Papaver somniferum - Opium : an extract from the sixth volume of the Dictionary of Economic Products of India
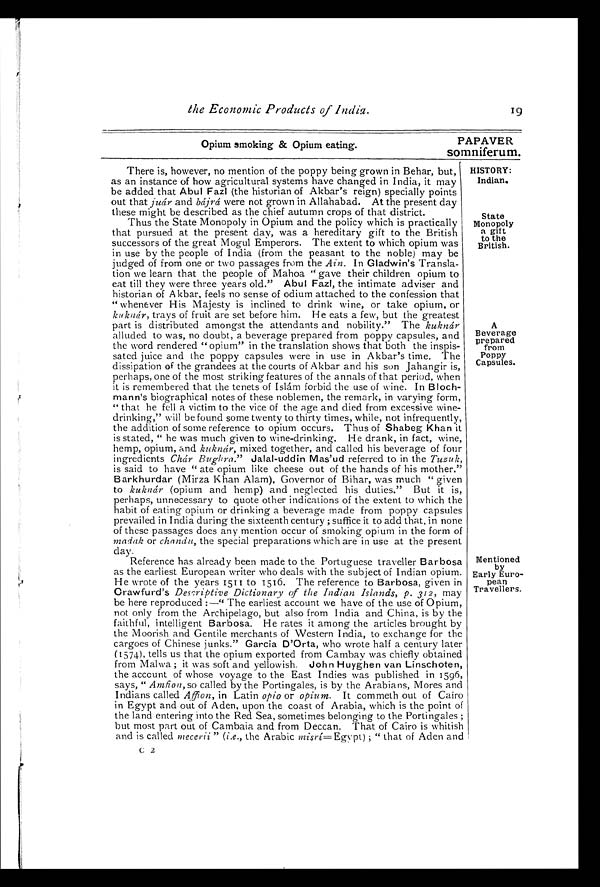
Opium smoking & Opium eating.
PAPAVER
somniferum.
the Economic Products of India.
19
There is, however, no mention of the poppy being grown in Behar, but,
as an instance of how agricultural systems have changed in India, it may
be added that Abul Fazl (the historian of Akbar's reign) specially points
out that juár and bájrá were not grown in Allahabad. At the present day
these might be described as the chief autumn crops of that district.
Thus the State Monopoly in Opium and the policy which is practically
that pursued at the present day, was a hereditary gift to the British
successors of the great Mogul Emperors. The extent to which opium was
in use by the people of India (from the peasant to the noble) may be
judged of from one or two passages from the Ain . In Gladwin's Transla-
tion we learn that the people of Mahoa "gave their children opium to
eat till they were three years old." Abul Fazl, the intimate adviser and
historian of Akbar, feels no sense of odium attached to the confession that
" whenever His Majesty is inclined to drink wine, or take opium, or
kuknár, trays of fruit are set before him. He eats a few, but the greatest
part is distributed amongst the attendants and nobility." The kuknár
alluded to was, no doubt, a beverage prepared from poppy capsules, and
the word rendered "opium" in the translation shows that both the inspis-
sated juice and the poppy capsules were in use in Akbar's time. The
dissipation of the grandees at the courts of Akbar and his son Jahangir is,
perhaps, one of the most striking features of the annals of that period, when
it is remembered that the tenets of Islám forbid the use of wine. In
B l o c h - m a n n ' s b i o g r a p h i c a l n o t e s o f t h e s e n o b l e m e n , t h e r e m a r k , i n v a r y i n g f o r m ,
" that he fell a victim to the vice of the age and died from excessive wine-
drinking," will be found some twenty to thirty times, while, not infrequently,
the addition of some reference to opium occurs. Thus of Shabeg Khan it
is stated, " he was much given to wine-drinking. He drank, in fact, wine,
hemp, opium, and kuknár, mixed together, and called his beverage of four
ingredients Chár Bughra." Jalal-uddin Mas'ud referred to in the Tusuk,
is said to have "ate opium like cheese out of the hands of his mother."
Barkhurdar (Mirza Khan Alam), Governor of Bihar, was much " given
to kuknár (opium and hemp) and neglected his duties." But it is,
perhaps, unnecessary to quote other indications of the extent to which the
habit of eating opium or drinking a beverage made from poppy capsules
prevailed in India during the sixteenth century; suffice it to add that, in none
of these passages does any mention occur of smoking opium in the form of
madak or chandu, the special preparations which are in use at the present
day.
Reference has already been made to the Portuguese traveller Barbosa
as the earliest European writer who deals with the subject of Indian opium.
He wrote of the years 1511 to 1516. The reference to Barbosa, given in
Crawfurd's Descriptive Dictionary of the Indian Islands, p. 312, may
be here reproduced:—"The earliest account we have of the use of Opium,
not only from the Archipelago, but also from India and China, is by the
faithful, intelligent Barbosa. He rates it among the articles brought by
the Moorish and Gentile merchants of Western India, to exchange for the
cargoes of Chinese junks." Garcia D'Orta, who wrote half a century later
(1574), tells us that the opium exported from Cambay was chiefly obtained
from Malwa; it was soft and yellowish. John Huyghen van Linschoten,
the account of whose voyage to the East Indies was published in 1596,
says, "Amfion, so called by the Portingales, is by the Arabians, Mores and
Indians called Affion, in Latin opio or opium. It commeth out of Cairo
in Egypt and out of Aden, upon the coast of Arabia, which is the point of
the land entering into the Red Sea, sometimes belonging to the Portingales;
but most part out of Cambaia and from Deccan. That of Cairo is whitish
and is called mecerii " (i.e., the Arabic misrÍ= Egypt); " that of Aden and
C 2
HISTORY:
Indian.
State
Monopoly
a gift
to the
British.
A
Beverage
prepared
from
Poppy
Capsules.
Mentioned
by
Early Euro-
pean
Travellers.